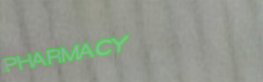
PHARMACY